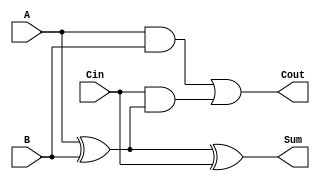
module RippleCarryFullAdder (
    input wire A,       // First binary input
    input wire B,       // Second binary input
    input wire Cin,     // Carry-in input
    output wire Sum,    // Resultant sum output
    output wire Cout    // Carry-out output
);

// Logic operations for Sum and Cout
assign Sum = A ^ B ^ Cin;                  // Sum calculation using XOR
assign Cout = (A & B) | (Cin & (A ^ B));  // Carry-out calculation

endmodule